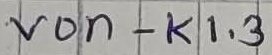
Text: von - K1.3